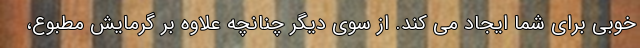
خوبی برای شما ایجاد می کند. از سوی دیگر چنانچه علاوه بر گرمایش مطبوع،